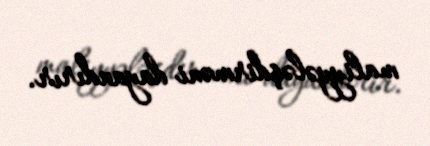
maliyyələşdirməni dayandırır.